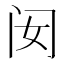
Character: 𰿧